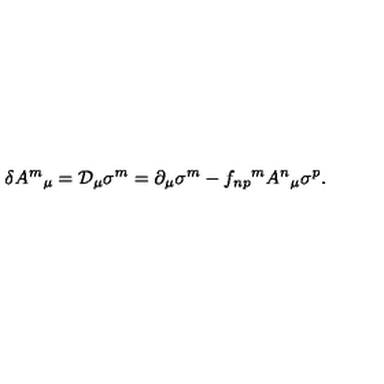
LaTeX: \delta A ^ { m } { } _ { \mu } = { \cal D } _ { \mu } \sigma ^ { m } = \partial _ { \mu } \sigma ^ { m } - f _ { n p } { } ^ { m } A ^ { n } { } _ { \mu } \sigma ^ { p } .